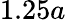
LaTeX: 1.25a